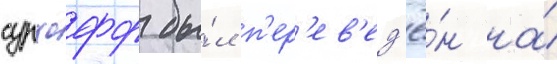
сурхофф бы́л п'ер'ев'ед'ё́н на́